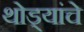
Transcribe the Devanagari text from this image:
थोड्यांचे